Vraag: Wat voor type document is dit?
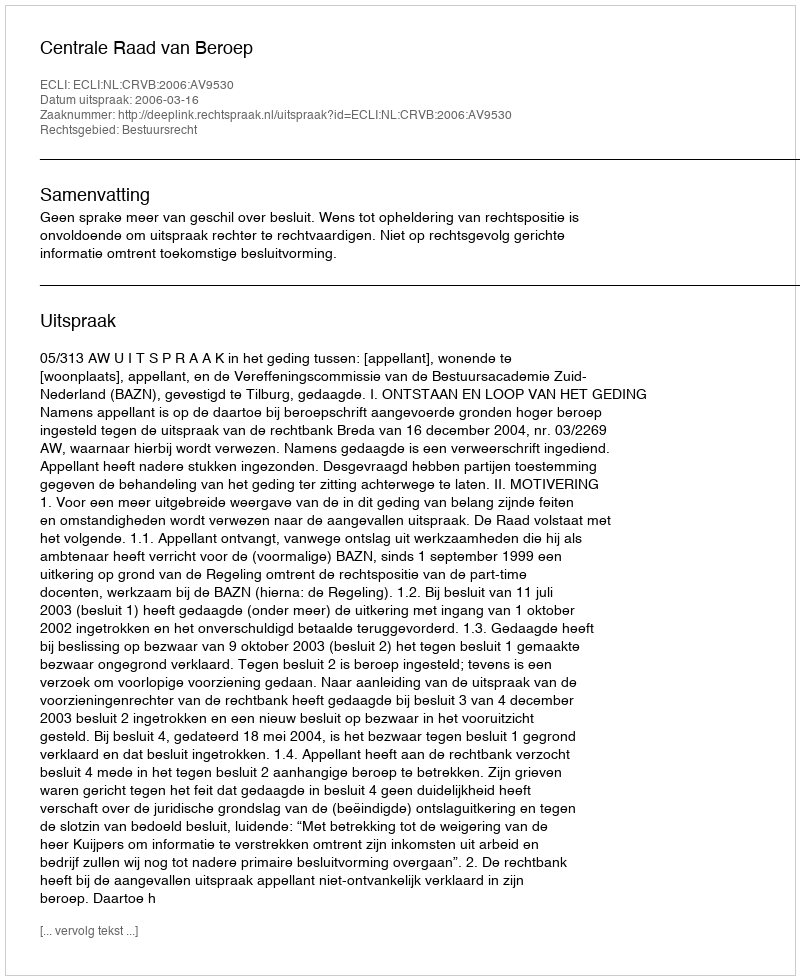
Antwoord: Uitspraak